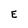
Character: E